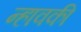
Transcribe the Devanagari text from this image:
न्हावकी